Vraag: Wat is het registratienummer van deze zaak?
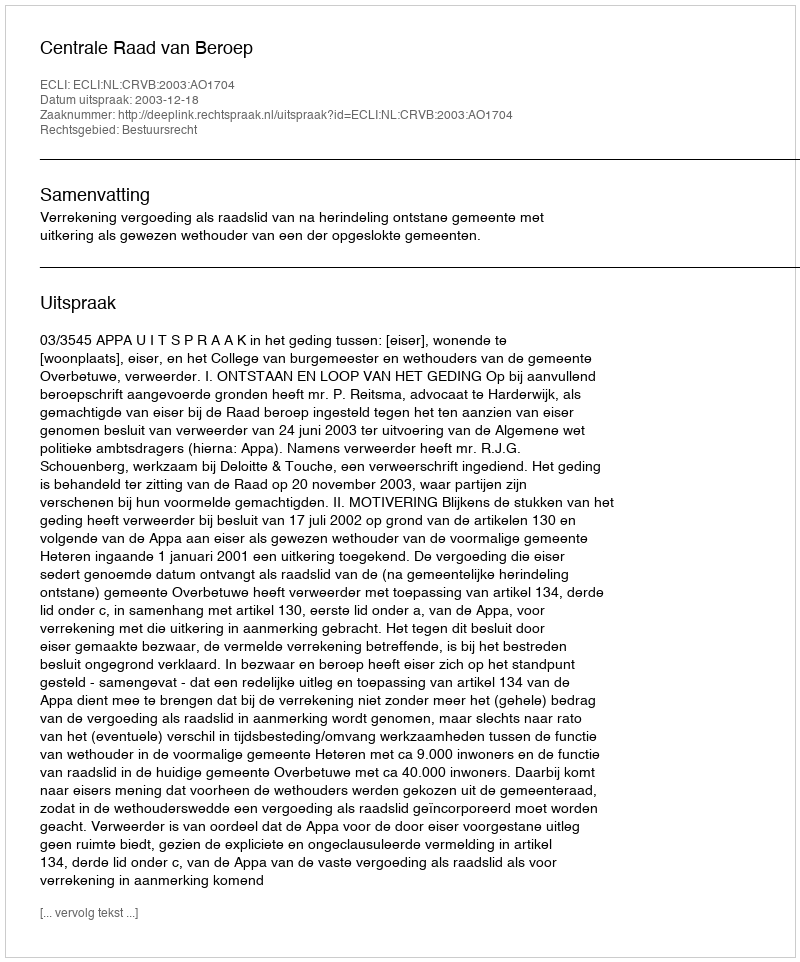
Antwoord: http://deeplink.rechtspraak.nl/uitspraak?id=ECLI:NL:CRVB:2003:AO1704